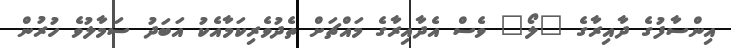
އިންސާފުގެ ދާއިރާގެ "ލޯ" ވެސް އެދާއިރާގެ މައްޗަށް ތެދުވެރިކަމާއެކު އަބަދު ސަމާލުވެ ހުރުން